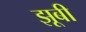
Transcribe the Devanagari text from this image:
झूबी